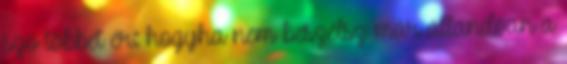
szó többet ér: hogyha nem beszélsz már állandóan a